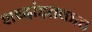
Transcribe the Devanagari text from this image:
शब्दांइतकाच